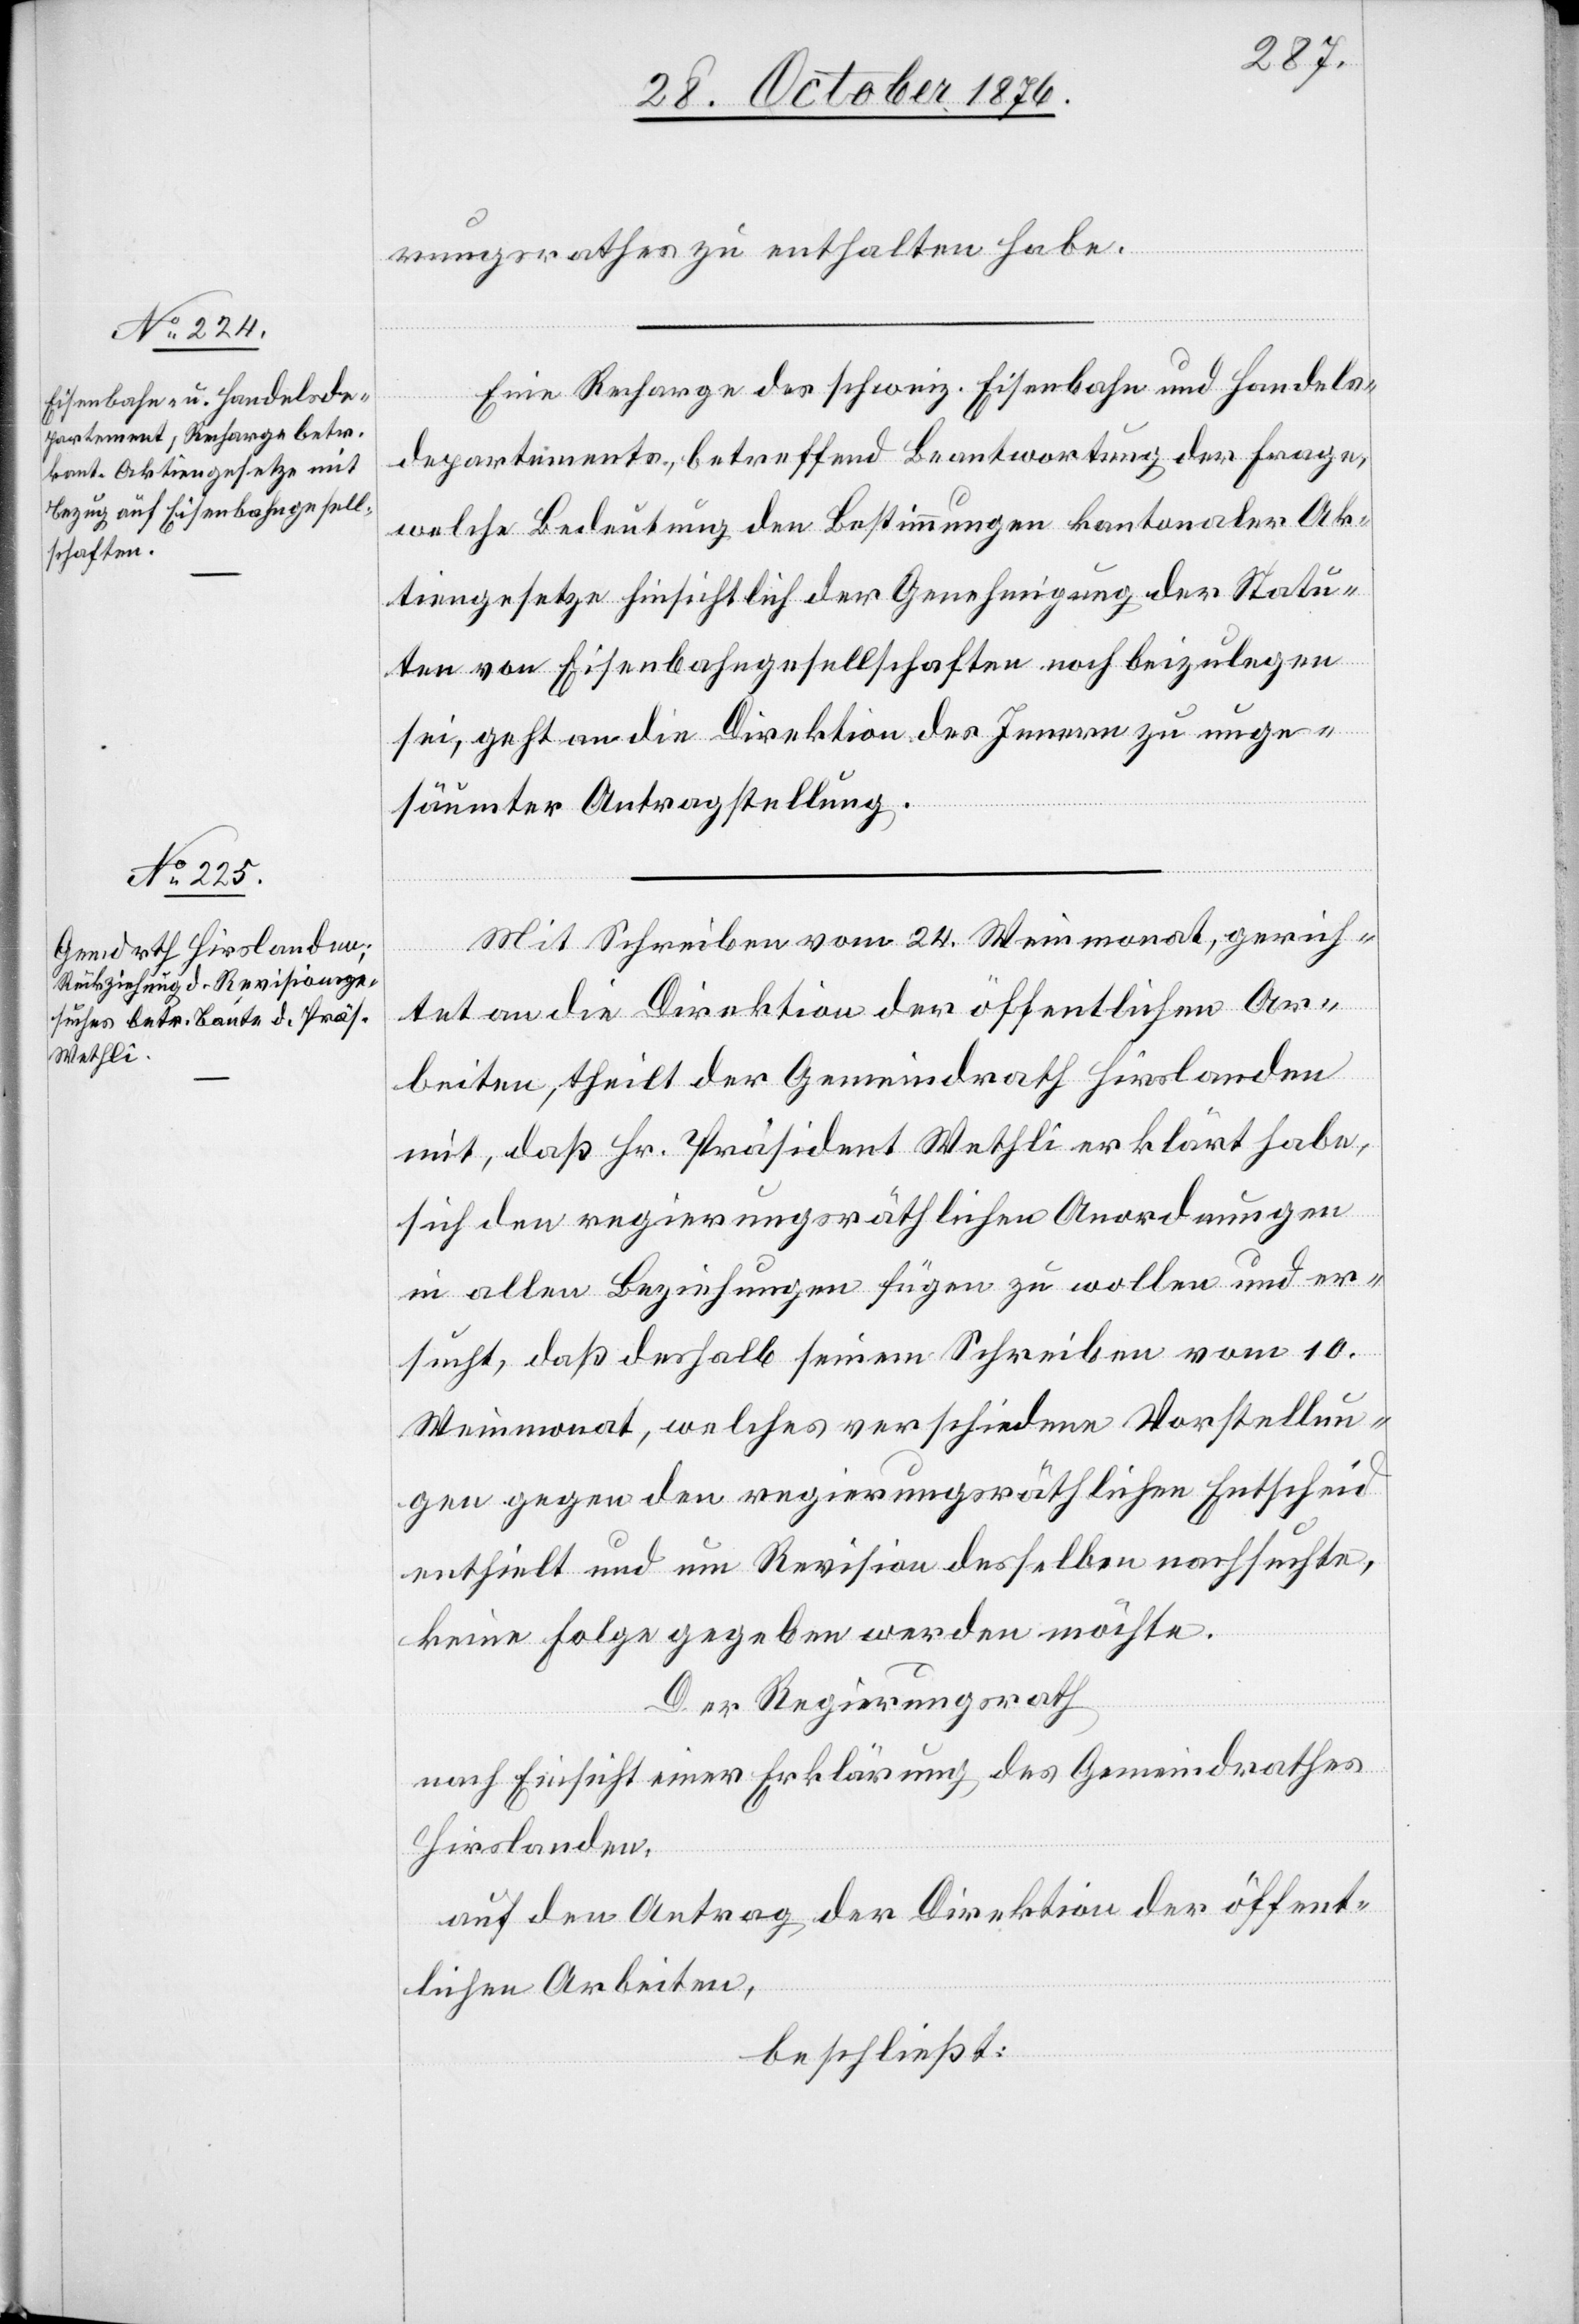
rungsrathes zu enthalten habe.
Eine Recharge des schweiz. Eisenbahn- und Handels¬
departement, betreffend Beantwortung der Frage,
welche Bedeutung den Bestimmungen kantonaler Ak¬
tiengesetze hinsichtlich der Genehmigung der Statu¬
ten von Eisenbahngesellschaften noch beizulegen
sei, geht an die Direktion des Innern zur unge¬
säumter Antragstellung.
Mit Schreiben vom 24. Weinmonat, gerich¬
tet an die Direktion der öffentlichen Ar¬
beiten, theilt der Gemeindrath Hirslanden
mit, daß Hr. Präsident Wethli erklärt habe,
sich den regierungsräthlichen Anordnungen
in allen Beziehungen fügen zu wollen und er¬
sucht, daß deshalb seinem Schreiben vom 10.
Weinmonat, welches verschiedene Vorstellun¬
gen gegen den regierungsräthlichen Entscheid
enthielt und um Revision desselben nachsuchte,
keine Folge gegeben werden möchte.
Der Regierungsrath
nach Einsicht einer Erklärung des Gemeindrathes
Hirslanden,
auf den Antrag der Direktion der öffent¬
lichen Arbeiten,
beschließt: